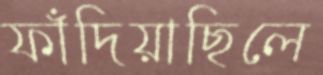
ফাঁদিয়াছিলে